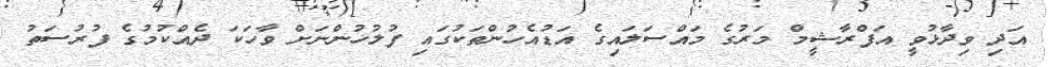
އަދި ވިދާޅުވީ އަފްރާޝީމް މަރުގެ މައްސަލައިގެ އަޑުއެހުންތަކުގައި ފުލުހުންނަށް ވާހަކަ ދެއްކުމުގެ ފުރުސަތު